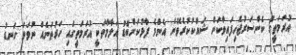
އުރަމަތީގެ ކެންސަރުޖެހިފައިވާކަން ޝައްކުކުރެވޭނެ އެންމެ ފާޅުކަންބޮޑު އަލާމާތަކީ އުރަމަތީގައި ހަރުތަނެއް ނުވަތަ ގަނޑު